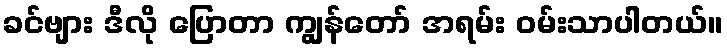
ခင်ဗျား ဒီလို ပြောတာ ကျွန်တော် အရမ်း ဝမ်းသာပါတယ်။